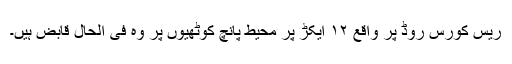
ریس کورس روڈ پر واقع ۱۲ ایکڑ پر محیط پانچ کوٹھیوں پر وہ فی الحال قابض ہیں۔